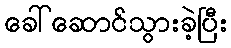
ခေါ်ဆောင်သွားခဲ့ပြီး